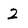
Character: 2